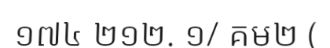
១៧៤ ២១២. ១/ គម២ (